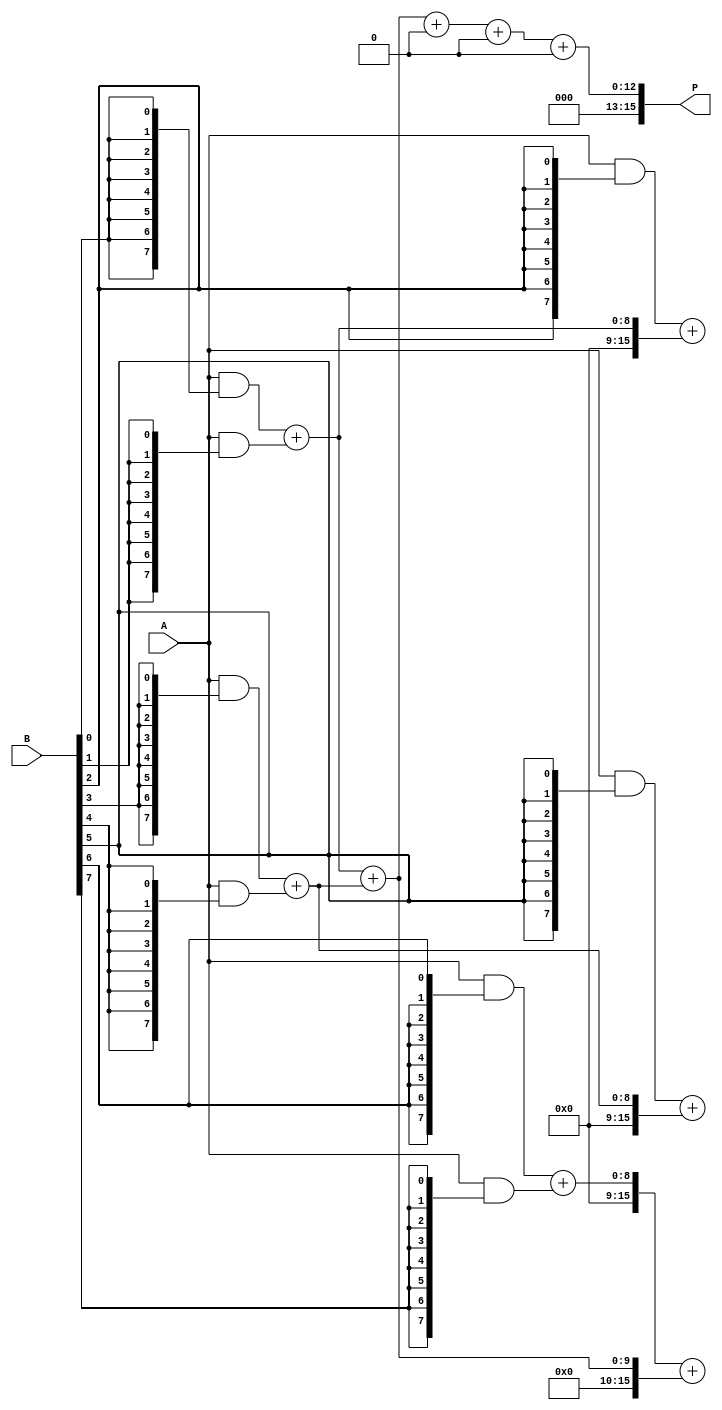
module dadda_multiplier (
    input [7:0] A,        // 8-bit multiplicand
    input [7:0] B,        // 8-bit multiplier
    output reg [15:0] P   // 16-bit product
);

    // Partial products
    wire [7:0] pp[7:0]; // pp[i] represents the i-th partial product

    // Generate partial products
    genvar i, j;
    generate
        for (i = 0; i < 8; i = i + 1) begin : partial_product_gen
            assign pp[i] = A & {8{B[i]}}; // AND each bit of B with A
        end
    endgenerate

    // Reduction tree
    wire [15:0] sum[6:0]; // Intermediate sums
    wire [15:0] carry[6:0]; // Carry bits

    // Stage 1: Group partial products into sets of three
    assign {carry[0], sum[0]} = pp[0] + pp[1]; // Add first two
    assign {carry[0], sum[0]} = pp[2] + sum[0]; // Add third
    assign {carry[1], sum[1]} = pp[3] + pp[4]; // Add fourth and fifth
    assign {carry[1], sum[1]} = pp[5] + sum[1]; // Add sixth
    assign {carry[2], sum[2]} = pp[6] + pp[7]; // Add seventh and eighth

    // Stage 2: Continue reducing
    assign {carry[3], sum[3]} = sum[0] + sum[1]; // Add first two sums
    assign {carry[3], sum[3]} = sum[2] + sum[3]; // Add third sum

    // Final stage: Add the last two rows
    always @(*) begin
        P = sum[3] + carry[0] + carry[1] + carry[2]; // Final addition
    end

endmodule